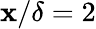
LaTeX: \mathbf{x}/\delta=2